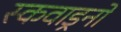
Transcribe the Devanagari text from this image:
स्कवाड्रनों